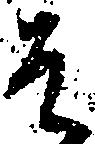
そ